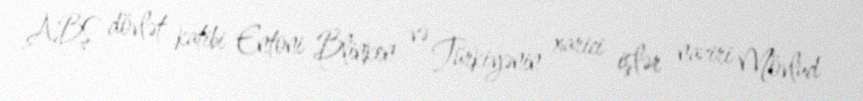
ABŞ dövlət katibi Entoni Blinken və Türkiyənin xarici işlər naziri Mövlud